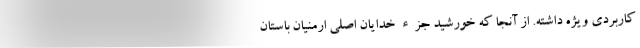
کاربردی ویژه داشته. از آنجا که خورشید جزء خدایان اصلی ارمنیان باستان